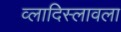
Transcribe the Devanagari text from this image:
व्लादिस्लावला